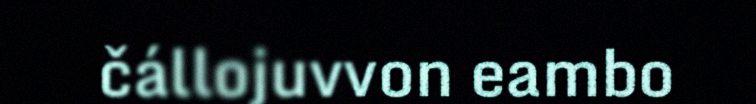
čállojuvvon eambo